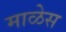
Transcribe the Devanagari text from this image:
माळेस